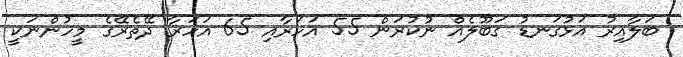
ބަލާއިރު އަޅުގަނޑު ގަބޫލެއް ނުކުރަން 55 އަހަރާއި 65 އަހަރާ ދޭތެރޭގެ މީހުންނަކީ